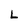
Character: L